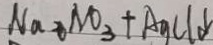
N a _ { 2 } N o _ { 3 } + A g C l \downarrow